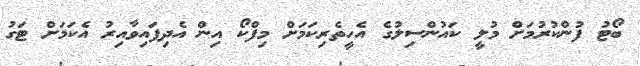
ބޯޓު ފުންކުރުމަށް މުލީ ކައުންސިލުގެ އެހީތެރިކަމަށް މިފްކޯ އިން އެދިފައިވާއިރު އެކަމަށް ޓަގު